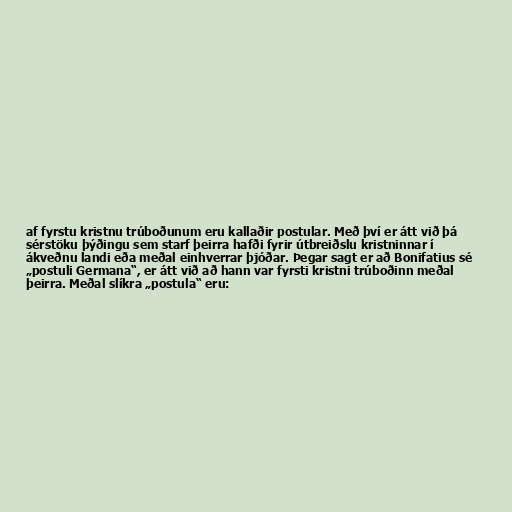
af fyrstu kristnu trúboðunum eru kallaðir postular. Með því er átt við þá
sérstöku þýðingu sem starf þeirra hafði fyrir útbreiðslu kristninnar í
ákveðnu landi eða meðal einhverrar þjóðar. Þegar sagt er að Bonifatius sé
„postuli Germana“, er átt við að hann var fyrsti kristni trúboðinn meðal
þeirra. Meðal slíkra „postula“ eru: